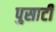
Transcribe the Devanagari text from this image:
पुसाटी